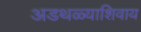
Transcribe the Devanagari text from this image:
अडथळ्याशिवाय